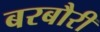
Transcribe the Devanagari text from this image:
बरबौरी